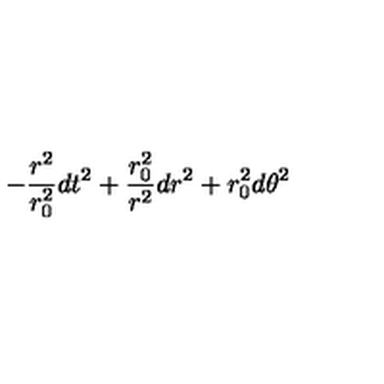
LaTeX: - { \frac { r ^ { 2 } } { r _ { 0 } ^ { 2 } } } d t ^ { 2 } + { \frac { r _ { 0 } ^ { 2 } } { r ^ { 2 } } } d r ^ { 2 } + r _ { 0 } ^ { 2 } d \theta ^ { 2 }